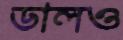
ডালও